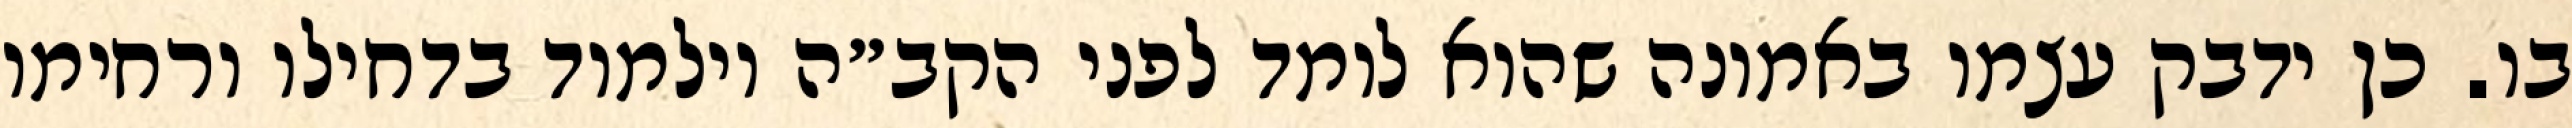
בו. כן ידבק עצמו באמונה שהוא לומד לפני הקב״ה וילמוד בדחילו ורחימו